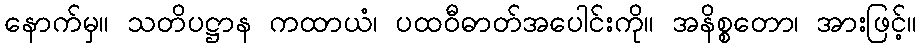
နောက်မှ။ သတိပဋ္ဌာန ကထာယံ၊ ပထဝီဓာတ်အပေါင်းကို။ အနိစ္စတော၊ အားဖြင့်။